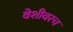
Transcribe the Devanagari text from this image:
वेशीवरच